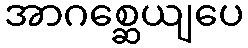
အာဂစ္ဆေယျပေ